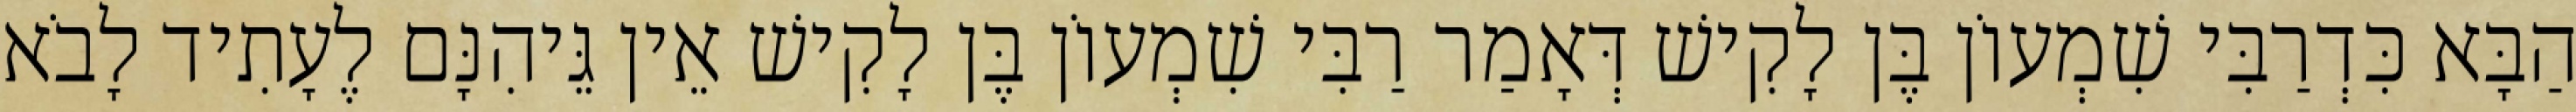
הַבָּא כִּדְרַבִּי שִׁמְעוֹן בֶּן לָקִישׁ דְּאָמַר רַבִּי שִׁמְעוֹן בֶּן לָקִישׁ אֵין גֵּיהִנָּם לֶעָתִיד לָבֹא